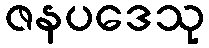
ဇနပဒေသု